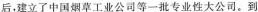
后，建立了中国烟草工业公司等-批专业性大公司。到